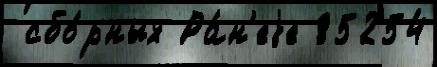
 сбо́рных Ра́н'еjе 85254